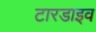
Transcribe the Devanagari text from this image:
टारडाइव